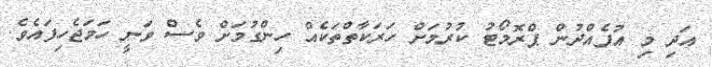
އަދި މި އުފެއްދުން ޕްރޮމޯޓު ކުރުމަށް ހަރަކާތްތަކެއް ހިންގުމަށް ވެސް ވަނީ ހަމަޖެހިފައެވެ.